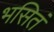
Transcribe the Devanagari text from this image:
भसितं